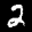
Label: 2